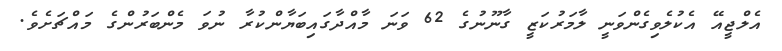
އެލްޖީއޭ އެކުލެވިގެންވަނީ ލާމަރުކަޒީ ގާނޫނުގެ 62 ވަނަ މާއްދާގައިބަޔާންކުރާ ނުވަ މެންބަރުންގެ މައްޗަށެވެ.